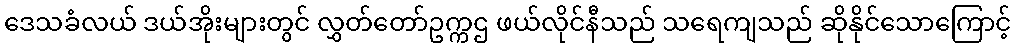
ဒေသခံလယ် ဒယ်အိုးများတွင် လွှတ်တော်ဥက္ကဌ ဖယ်လိုင်နီသည် သရေကျသည် ဆိုနိုင်သောကြောင့်